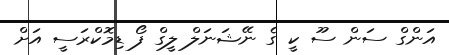
އަންގް ސަން ސޫ ކީ ގެ ނޭޝަނަލް ލީގް ފޯ ޑިމޮކްރަސީ އަށް